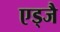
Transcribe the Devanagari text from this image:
एड्जै